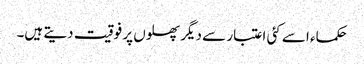
حکماء اسے کئی اعتبار سے دیگر پھلوں پر فوقیت دیتے ہیں۔